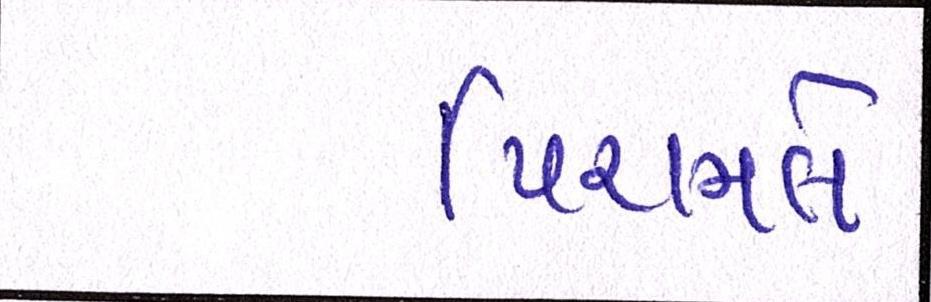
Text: પિરામલે